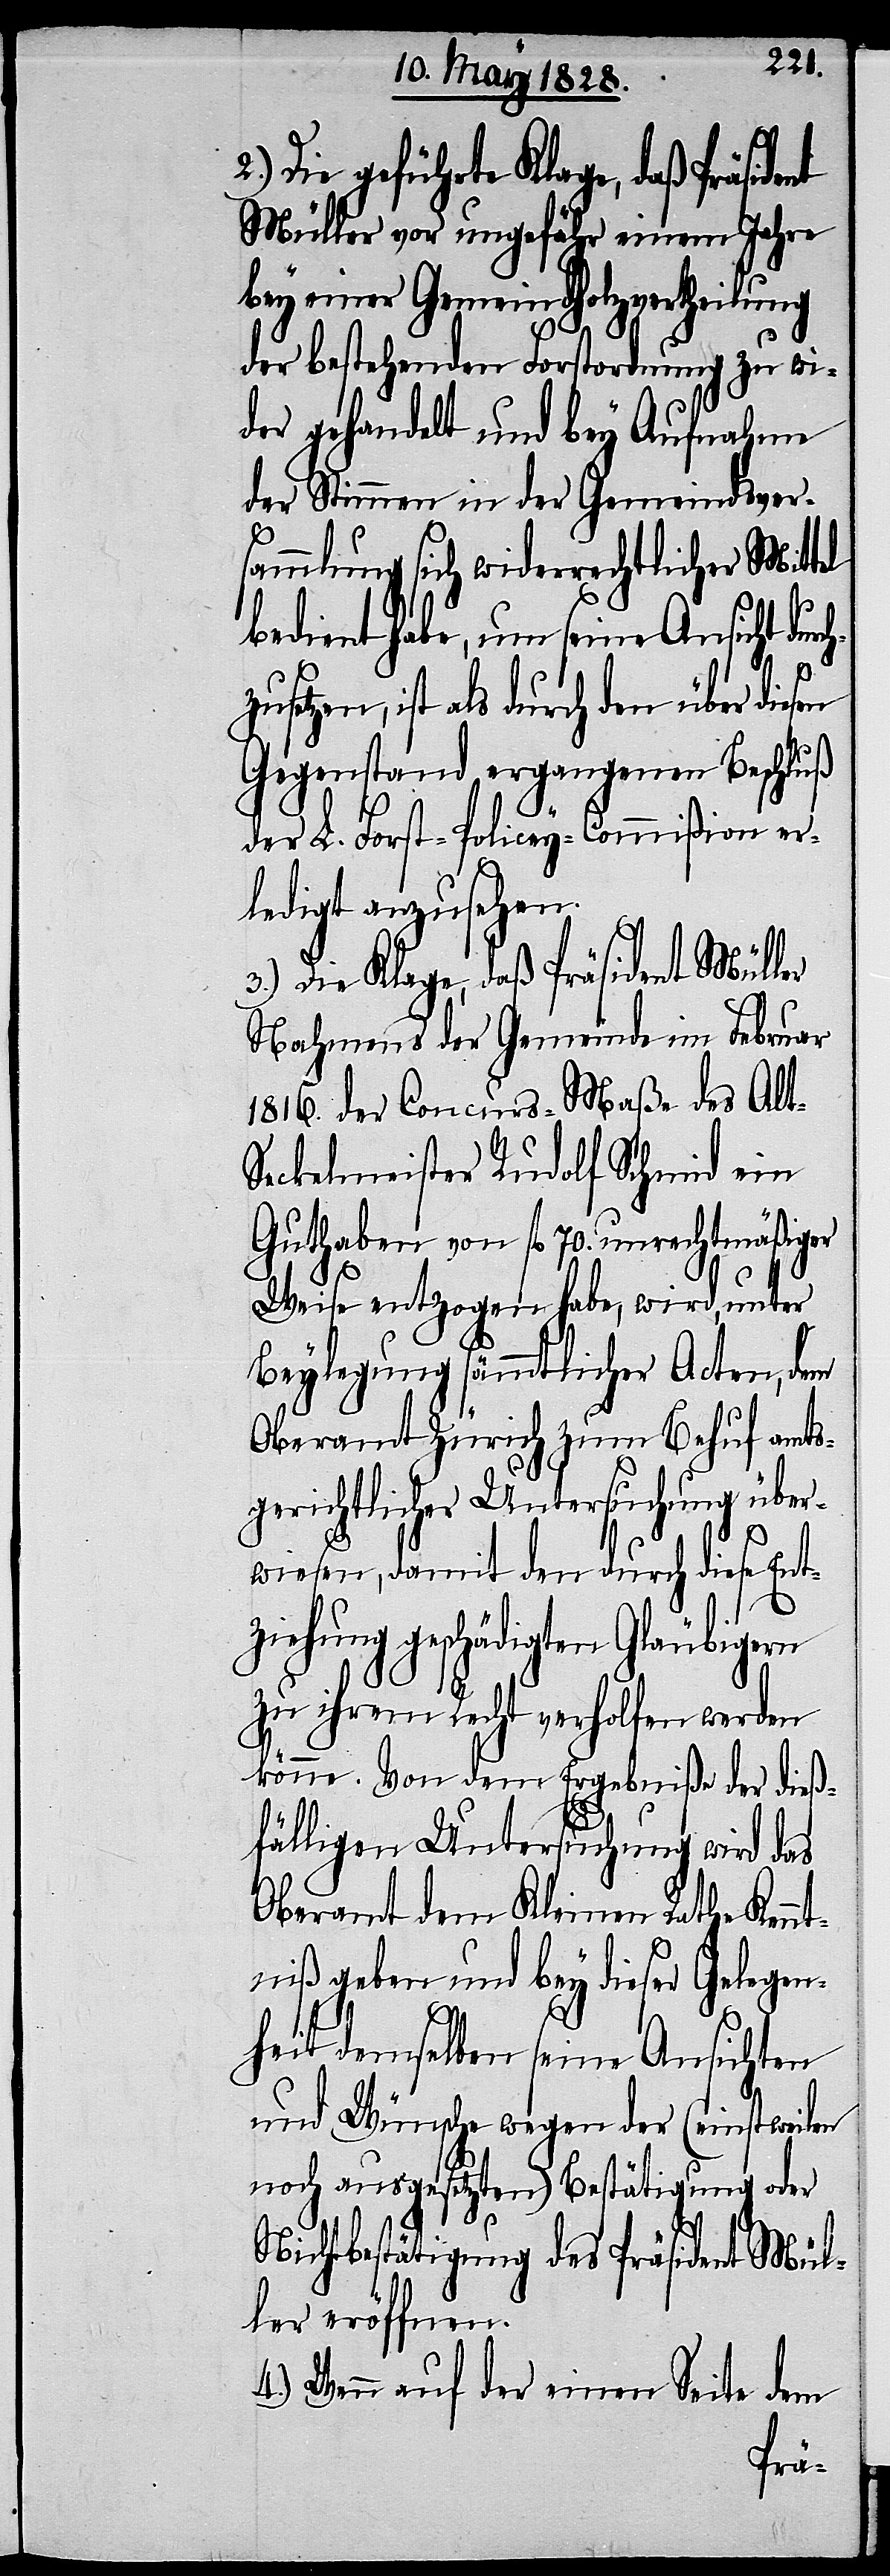
2.)
Die geführte Klage, daß Präsident
Müller vor ungefähr einem Jahre
bey einer Gemeindholzvertheilung
der bestehenden Forstordnung zu wi¬
der gehandelt und bey Aufnahme
der Stimmen in der Gemeindsver¬
sammlung sich widerrechtlicher Mit¬
bedient habe, um seine Ansicht durch¬
zusetzen, ist als durch den über diesen
Gegenstand ergangenen Beschluß
der L. Forst-Commißion er¬
ledigt anzusehen.
3.) Die Klage, daß Präsident Müller
Nahmens der Gemeinde im Februar
1816. der Concurs-Maße des Alt-S¬
eckelmeister Rudolf Schmid ein
Guthaben von fl. 70. unrechtmäßiger
Weise entzogen habe, wird, unter
Beylegung sämmtlicher Acten, dem
Oberamt Zürich zum Behuf amts¬
gerichtlicher Untersuchung über¬
tel
wiesen, damit den durch diese Ent¬
ziehung geschädigten Gläubigern
zu ihrem Recht verholfen werden
könne. Von dem Ergebniße der dieß¬
fälligen Untersuchung wird das
Oberamt dem Kleinen Rathe Kennt¬
niß geben und bey dieser Gelegen¬
heit demselben seine Ansichten
und Wünsche wegen der (einstweilen
noch ausgesetzten) Bestätigung oder
Nichtbestätigung des Präsident Mül¬
ler eröffnen.
4.) Wenn auf der einen Seite dem